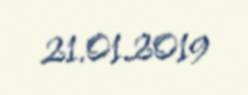
21.01.2019